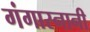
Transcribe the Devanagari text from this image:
गंगास्नानी